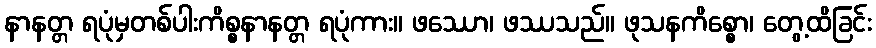
နာနတ္တ ရပုံမှတစ်ပါးကိစ္စနာနတ္တ ရပုံကား။ ဖဿော၊ ဖဿသည်။ ဖုသနကိစ္စော၊ တွေ့ထိခြင်း